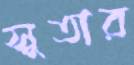
সুতার